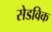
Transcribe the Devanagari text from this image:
सेडविक